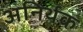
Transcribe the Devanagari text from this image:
अनिर्थक